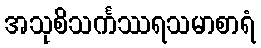
အသုစိသင်္ကဿရသမာစာရံ